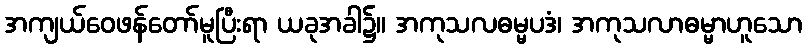
အကျယ်ဝေဖန်တော်မူပြီးရာ ယခုအခါ၌။ အကုသလဓမ္မပဒံ၊ အကုသလာဓမ္မာဟူသော